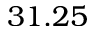
3 1 . 2 5